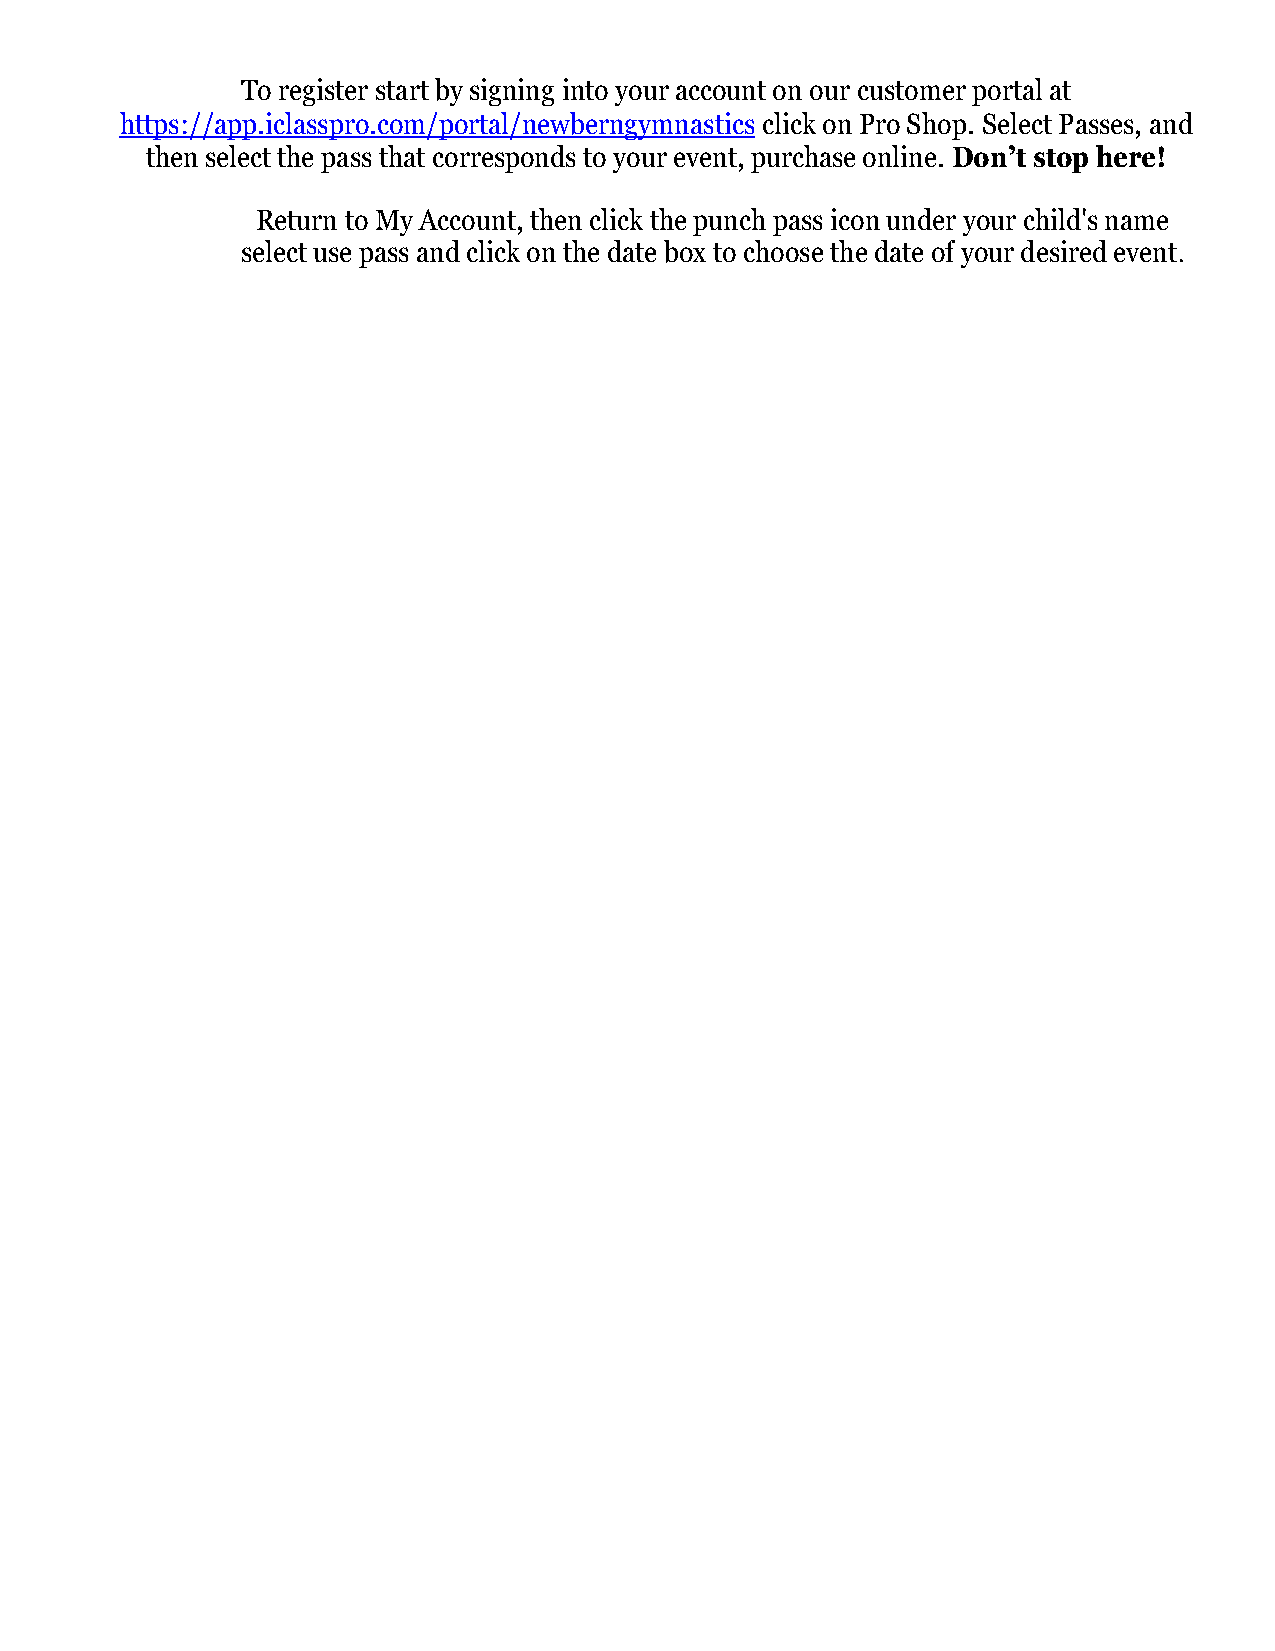
To register start by signing into your account on our customer portal at
 https://app.iclasspro.com/portal/newberngymnastics click on Pro Shop. Select Passes, and
 then select the pass that corresponds to your event, purchase online. Don’t stop here!
 Return to My Account, then click the punch pass icon under your child's name
 select use pass and click on the date box to choose the date of your desired event.